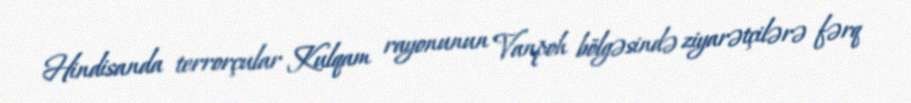
Hindisanda terrorçular Kulqam rayonunun Vanpoh bölgəsində ziyarətçilərə fərq